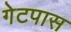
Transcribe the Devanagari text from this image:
गेटपास